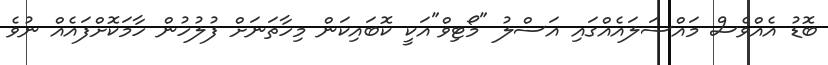
ބޮޑު އެއްވެސް މައްސަލައެއްގައި އަސްލު "މޯޓިވް"އަކީ ކޮބައިކަން މިހާތަނަށް ފުލުހުން ހާމަކޮށްފައެއް ނުވެ